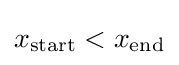
x_{\rm {start}}<x_{\rm {end}}